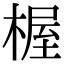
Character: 楃